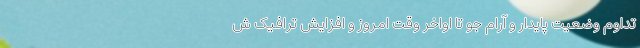
تداوم وضعیت پایدار و آرام جو تا اواخر وقت امروز و افزایش ترافیک ش